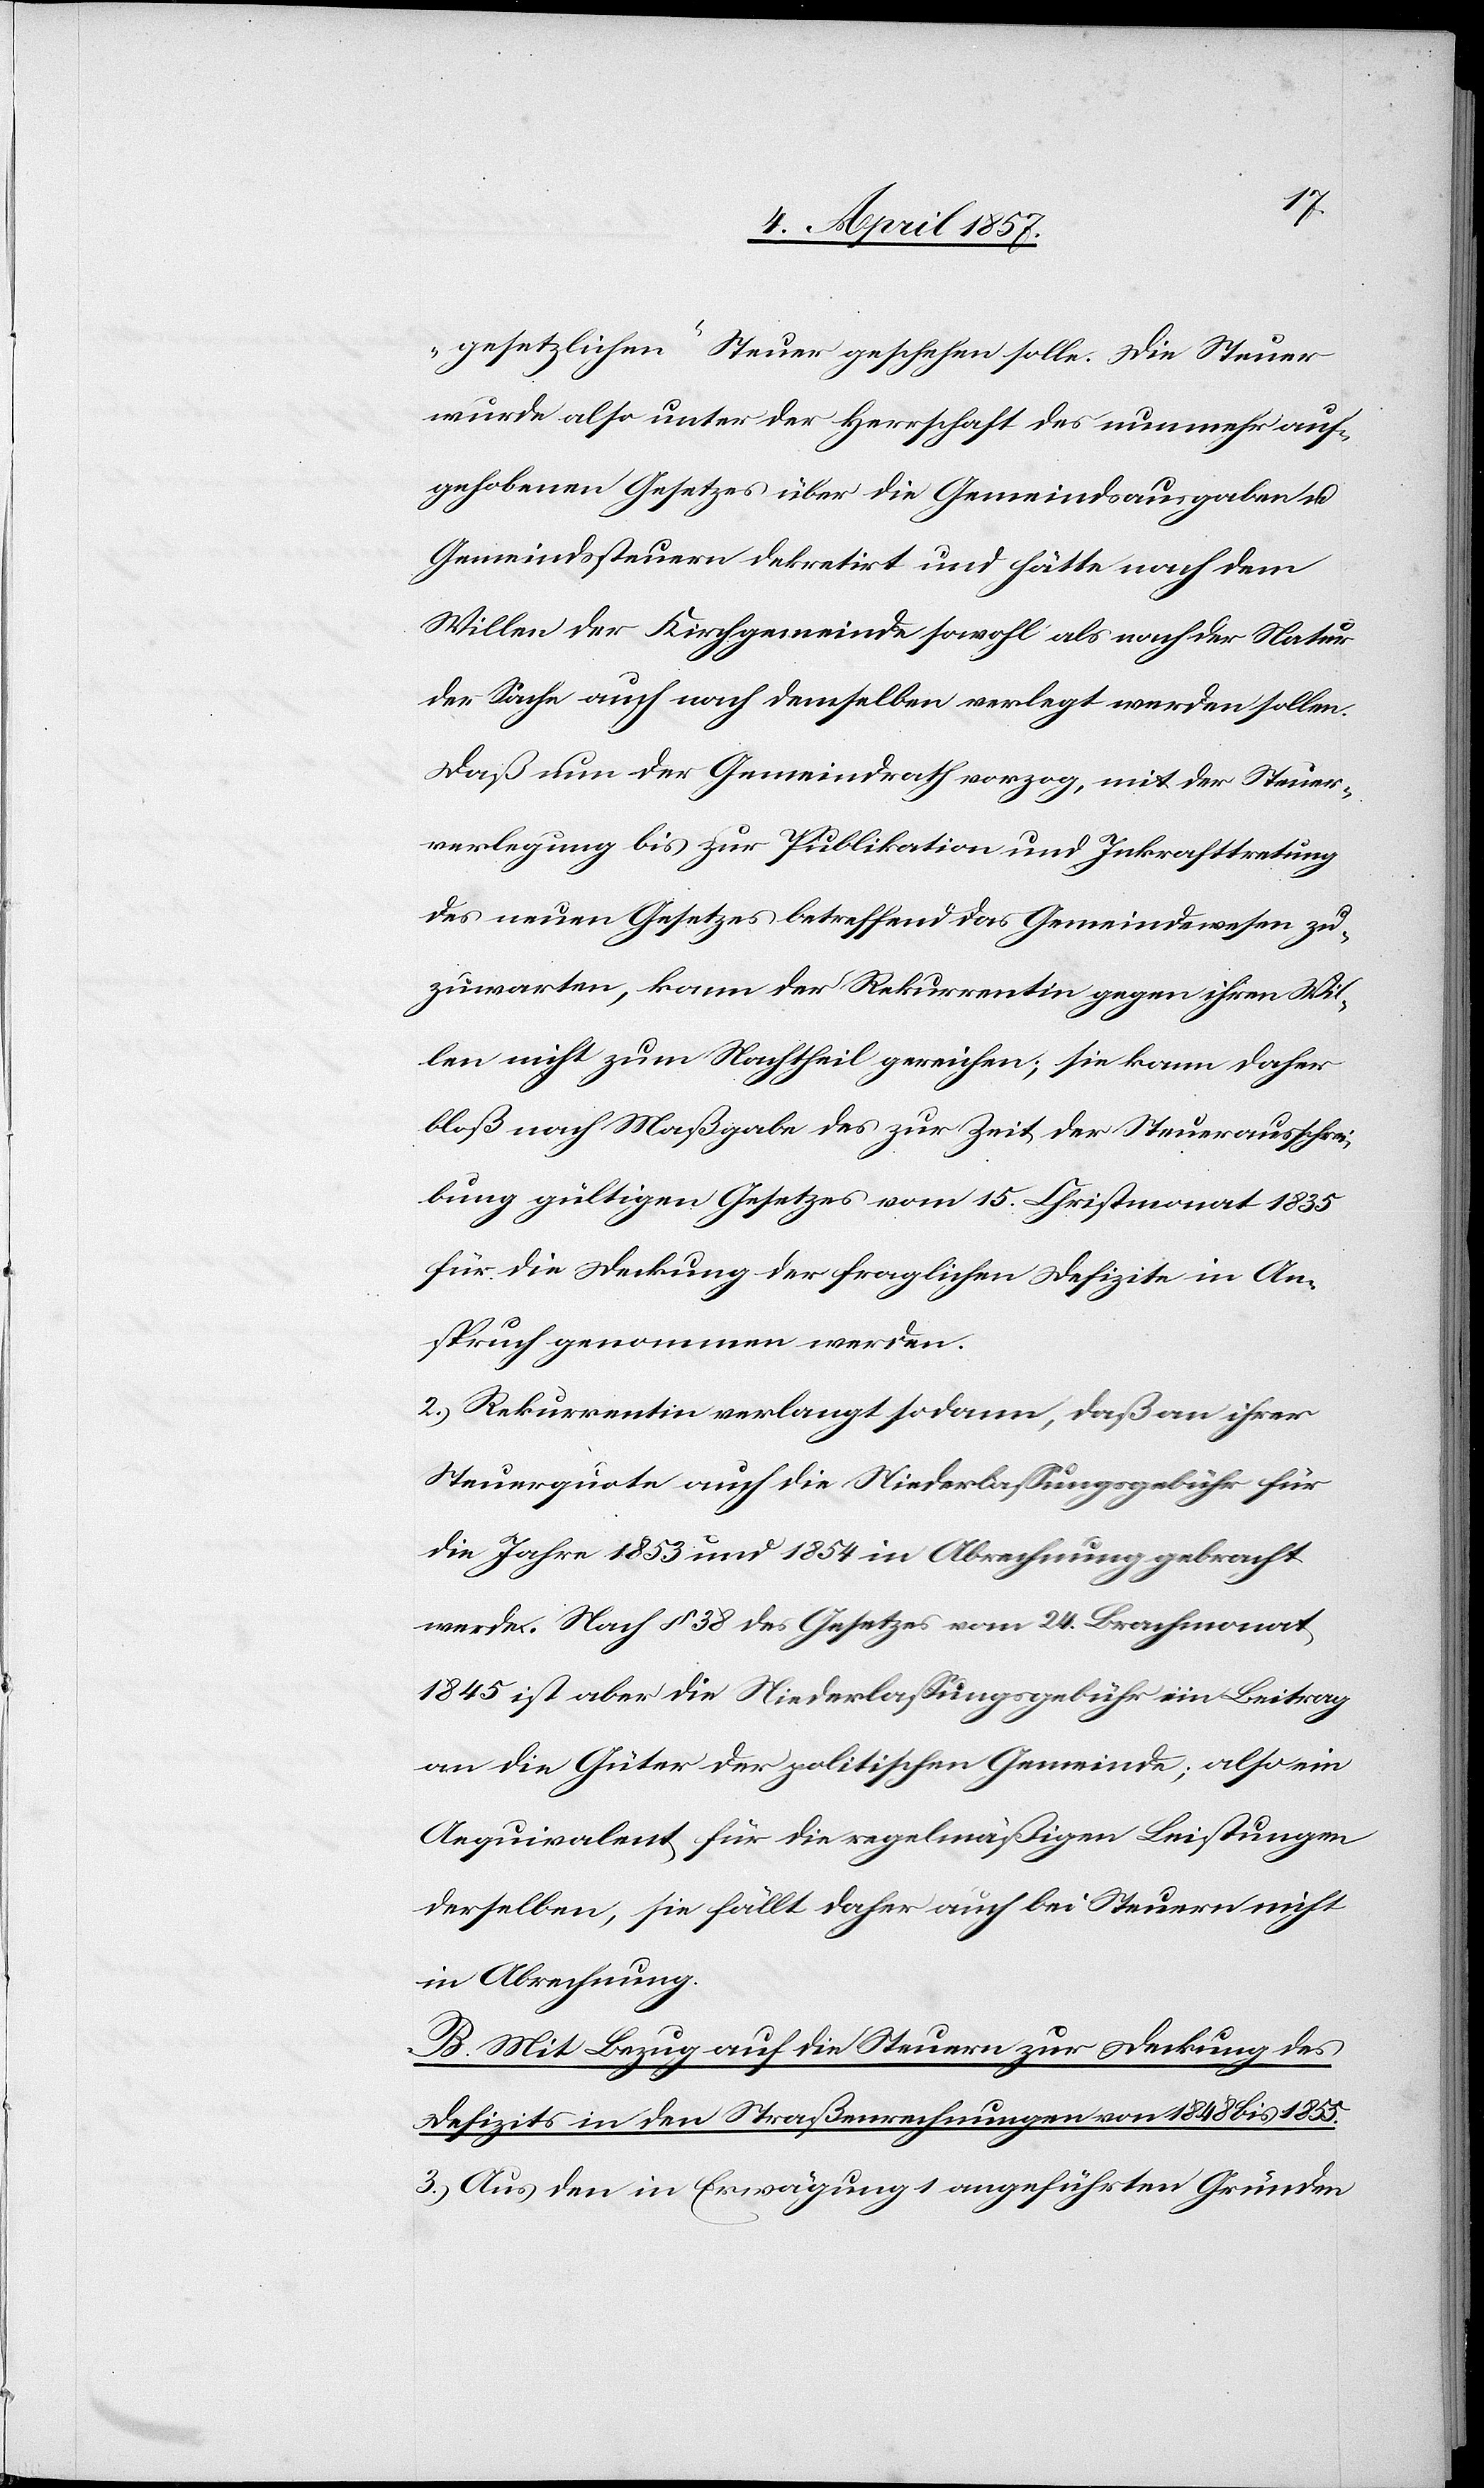
„gesetzlichen“ Steuer geschehen solle. Die Steuer
wurde also unter der Herrschaft des nunmehr auf¬
gehobenen Gesetzes über die Gemeindsausgaben u.
Gemeindssteuern dekretirt und hätte nach dem
Willen der Kirchgemeinde sowohl als nach der Natur
der Sache auch nach denselben verlegt werden sollen.
Daß nun der Gemeindrath vorzog, mit der Steuer¬
verlegung bis zur Publikation und Inkrafttretung
des neuen Gesetzes betreffend das Gemeindewesen zu¬
zuwarten, kann der Rekurrentin gegen ihren Wil¬
len nicht zum Nachtheil gereichen; sie kann daher
bloß nach Maßgabe des zur Zeit der Steuerausschrei¬
bung gültigen Gesetzes vom 15. Christmonat 1835
für die Deckung der fraglichen Defizite in An¬
spruch genommen werden.
2.) Rekurrentin verlangt sodann, daß an ihrer
Steuerquote auch die Niederlassungsgebühr für
die Jahr 1853 und 1854 in Abrechnung gebracht
werde. Nach § 38 des Gesetzes vom 24. Brachmonat
1845 ist aber die Niederlassungsgebühr ein Beitrag
an die Güter der politischen Gemeinde; also ein
Aequivalent für die regelmäßigen Leistungen
derselben, sie fällt daher auch bei Steuern nicht
in Abrechnung.
B. Mit Bezug auf die Steuern zur Deckung des
Defizits in den Straßenrechnungen von 1848 bis 1855.
3.) Aus den in Erwägung 1 angeführten Gründen